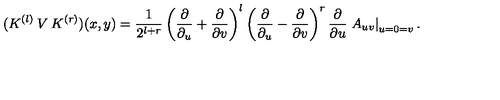
( K ^ { ( l ) } \: V \: K ^ { ( r ) } ) ( x , y ) = \frac { 1 } { 2 ^ { l + r } } \left( \frac { \partial } { \partial _ { u } } + \frac { \partial } { \partial v } \right) ^ { l } \left( \frac { \partial } { \partial _ { u } } - \frac { \partial } { \partial v } \right) ^ { r } \frac { \partial } { \partial u } \left. A _ { u v } \right| _ { u = 0 = v } .